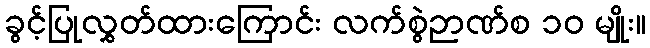
ခွင့်ပြုလွှတ်ထားကြောင်း လက်စွဲဉာဏ်စ ၁၀ မျိုး။